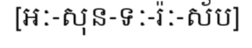
[អៈ-សុន-ទៈ-រ៉ៈ-ស័ប]